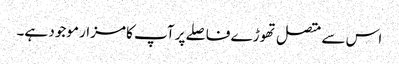
اس سے متصل تھوڑے فاصلے پر آپ کا مزار موجود ہے۔